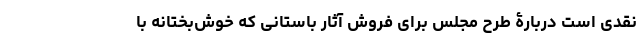
نقدی است دربارۀ طرح مجلس برای فروش آثار باستانی که خوش‌بختانه با